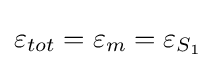
\varepsilon _{tot}=\varepsilon _{m}=\varepsilon _{S_{1}}